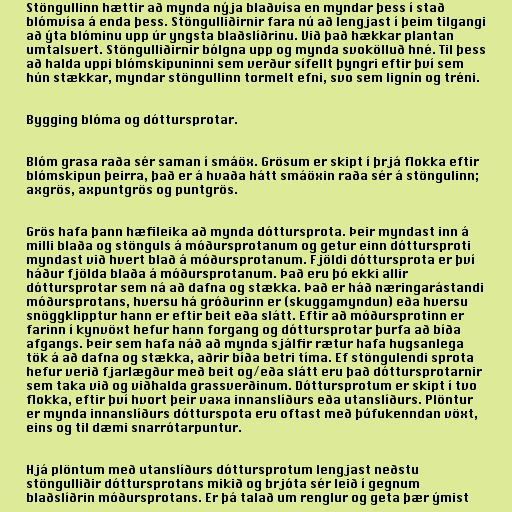
Stöngullinn hættir að mynda nýja blaðvísa en myndar þess í stað
blómvísa á enda þess. Stöngulliðirnir fara nú að lengjast í þeim tilgangi
að ýta blóminu upp úr yngsta blaðslíðrinu. Við það hækkar plantan
umtalsvert. Stöngulliðirnir bólgna upp og mynda svokölluð hné. Til þess
að halda uppi blómskipuninni sem verður sífellt þyngri eftir því sem
hún stækkar, myndar stöngullinn tormelt efni, svo sem lignín og tréni.

Bygging blóma og dóttursprotar.

Blóm grasa raða sér saman í smáöx. Grösum er skipt í þrjá flokka eftir
blómskipun þeirra, það er á hvaða hátt smáöxin raða sér á stöngulinn;
axgrös, axpuntgrös og puntgrös.

Grös hafa þann hæfileika að mynda dóttursprota. Þeir myndast inn á
milli blaða og stönguls á móðursprotanum og getur einn dóttursproti
myndast við hvert blað á móðursprotanum. Fjöldi dóttursprota er því
háður fjölda blaða á móðursprotanum. Það eru þó ekki allir
dóttursprotar sem ná að dafna og stækka. Það er háð næringarástandi
móðursprotans, hversu há gróðurinn er (skuggamyndun) eða hversu
snöggklipptur hann er eftir beit eða slátt. Eftir að móðursprotinn er
farinn í kynvöxt hefur hann forgang og dóttursprotar þurfa að bíða
afgangs. Þeir sem hafa náð að mynda sjálfir rætur hafa hugsanlega
tök á að dafna og stækka, aðrir bíða betri tíma. Ef stöngulendi sprota
hefur verið fjarlægður með beit og/eða slátt eru það dóttursprotarnir
sem taka við og viðhalda grassverðinum. Dóttursprotum er skipt í tvo
flokka, eftir því hvort þeir vaxa innanslíðurs eða utanslíðurs. Plöntur
er mynda innanslíðurs dótturspota eru oftast með þúfukenndan vöxt,
eins og til dæmi snarrótarpuntur.

Hjá plöntum með utanslíðurs dóttursprotum lengjast neðstu
stöngulliðir dóttursprotans mikið og brjóta sér leið í gegnum
blaðslíðrin móðursprotans. Er þá talað um renglur og geta þær ýmist